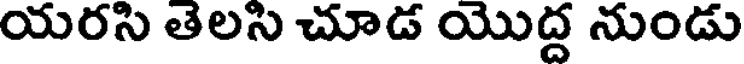
యరసి తెలసి చూడ యొద్ద నుండు